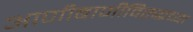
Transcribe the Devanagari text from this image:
आणीबाणीविरुद्धच्या